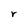
Character: r